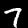
Digit: 7